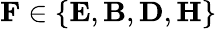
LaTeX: \boldsymbol{\mathbf{F}}\in\{ \boldsymbol{\mathbf{E}},\boldsymbol{\mathbf{B}},\boldsymbol{\mathbf{D}},\boldsymbol{\mathbf{H}}\}